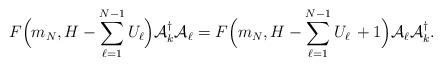
LaTeX: \begin{align*}F\Big(m_N, H - \sum\limits_{\ell=1}^{N-1}{U}_\ell\Big) {\cal A}_k^\dagger{\cal A}_\ell =F\Big(m_N, H - \sum\limits_{\ell=1}^{N-1}{U}_\ell\, +1\Big){\cal A}_\ell {\cal A}_k^\dagger.\end{align*}